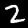
Digit: 2